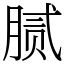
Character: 腻